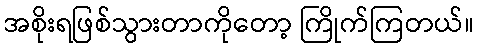
အစိုးရဖြစ်သွားတာကိုတော့ ကြိုက်ကြတယ်။